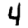
Digit: 4